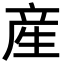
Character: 産